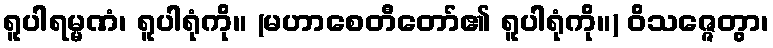
ရူပါရမ္မဏံ၊ ရူပါရုံကို။ (မဟာစေတီတော်၏ ရူပါရုံကို။) ဝိသဇ္ဇေတွာ၊